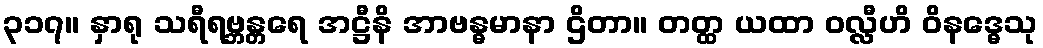
၃၁၇။ နှာရု သရီရဗ္ဘန္တရေ အဋ္ဌီနိ အာဗန္ဓမာနာ ဌိတာ။ တတ္ထ ယထာ ဝလ္လီဟိ ဝိနဒ္ဓေသု